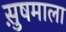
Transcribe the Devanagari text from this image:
सु़षमाला